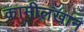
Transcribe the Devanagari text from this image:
कामीलखान